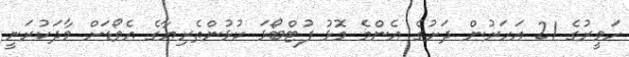
ހަވީރުގެ 21 އަހަރުން ދަށުގެ އެންމެ މޮޅު ފުޓްބޯޅަ ކުޅުންތެރިޔާގެ އެވޯޑަށް ވާދަކުރަނީ